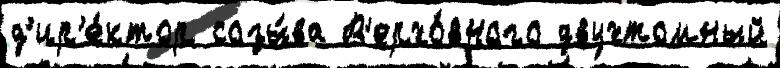
д'ир'е́ктор созы́ва В'ерхо́вного двухтомный